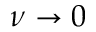
\nu \rightarrow 0